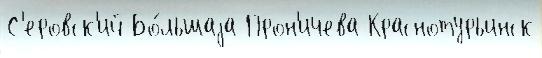
С'еровск'ий Бо́льшаjа Прон'ичева Краснотурьинск